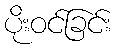
ပိုးဝင်ခြင်း